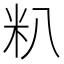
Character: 𬖍